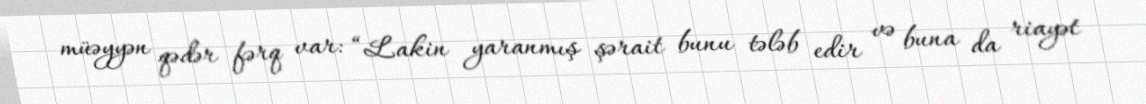
müəyyən qədər fərq var: “Lakin yaranmış şərait bunu tələb edir və buna da riayət